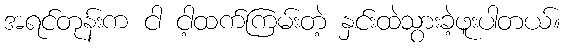
အရင်တုန်းက ငါ ငါ့ထက်ကြမ်းတဲ့ နှင်းထဲသွားခဲ့ဖူးပါတယ်။